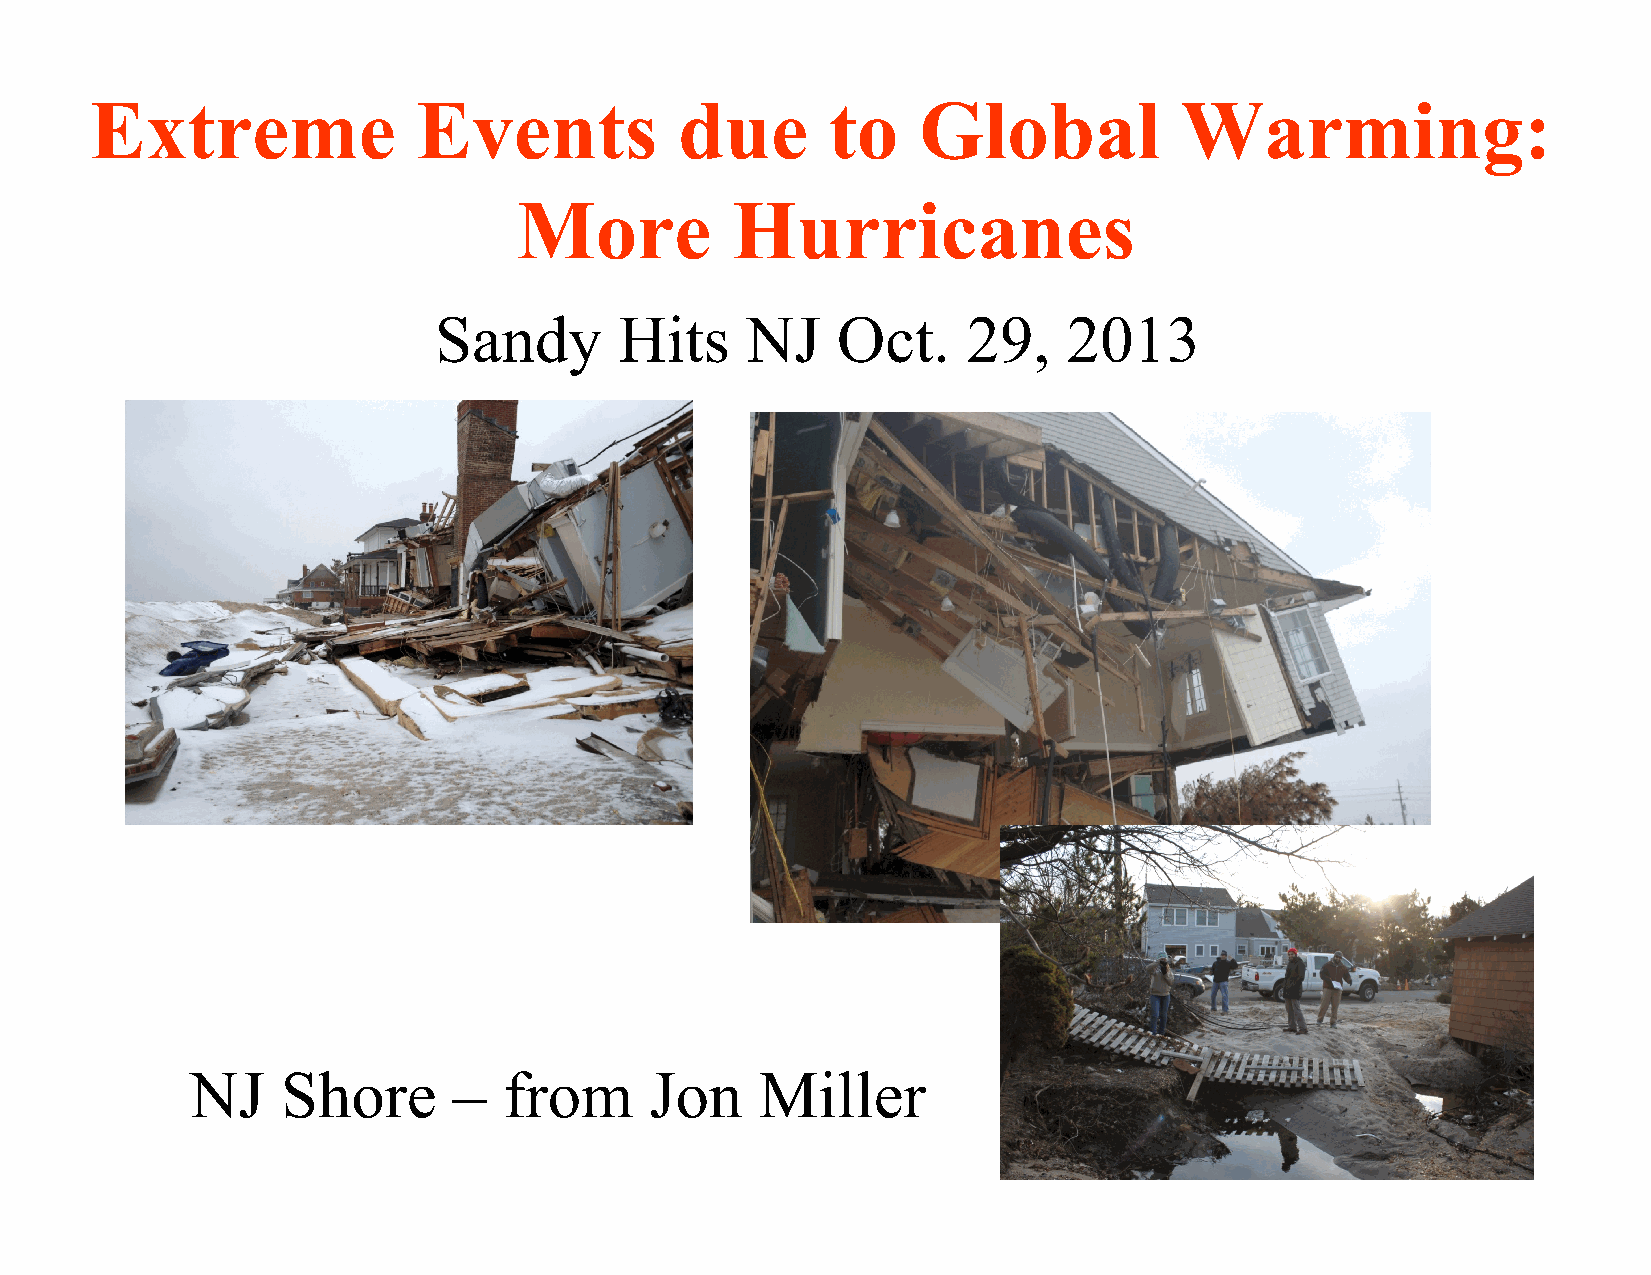
Extreme               Events           due       to    Global           Warming:
 More          Hurricanes
 Sandy       Hits    NJ    Oct.     29,    2013
 NJ    Shore      –  from      Jon    Miller
 79